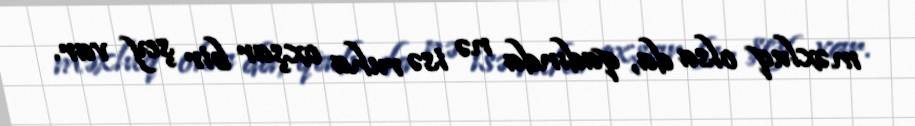
məxluq olsa da, qadında nə isə ruha oxşar bir şey var.